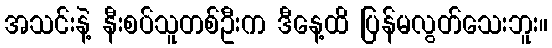
အသင်းနဲ့ နီးစပ်သူတစ်ဦးက ဒီနေ့ထိ ပြန်မလွတ်သေးဘူး။